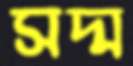
সদ্ম